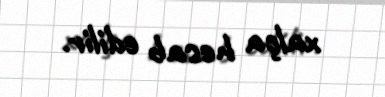
xalça hesab edilir.